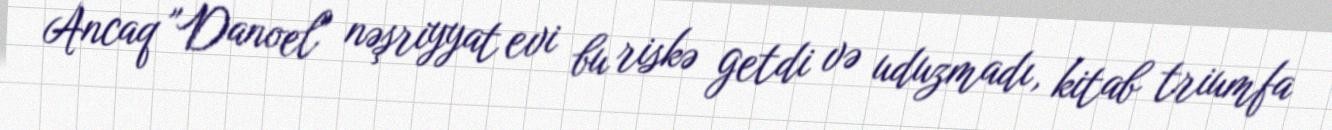
Ancaq "Danoel" nəşriyyat evi bu riskə getdi və uduzmadı, kitab triumfa